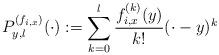
LaTeX: \begin{align*} P_{y,l}^{(f_{i,x})}(\cdot) := \sum_{k=0}^l \frac{f_{i,x}^{(k)}(y)}{k!} (\cdot-y)^k\end{align*}